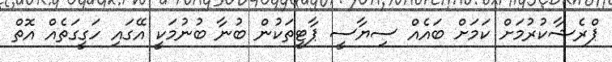
ޕްރެޝާކުރުމަށް ކަމަށް ބައެއް ސިޔާސީ ޕާޓީތަކުން ބުނާ ބުނުމަކީ އޭގައި ހަގީގަތެއް އޮތް